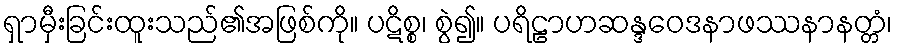
ရှာမှီးခြင်းထူးသည်၏အဖြစ်ကို။ ပဋိစ္စ၊ စွဲ၍။ ပရိဠာဟဆန္ဒဝေဒနာဖဿနာနတ္တံ၊